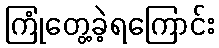
ကြုံတွေ့ခဲ့ရကြောင်း